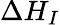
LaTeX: \Delta H_{I}